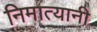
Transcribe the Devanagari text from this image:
निमात्यानी